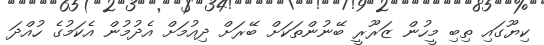
ކިޔޫގައި ތިބި މީހުން ޒަރޫރީ ބޭނުންތަކަށް ބޭރަށް ދިއުމަށް އެދުމުން އެކަމުގެ ހުއްދަ